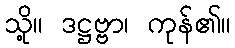
သို့။ ဒဋ္ဌဗ္ဗာ၊ ကုန်၏။